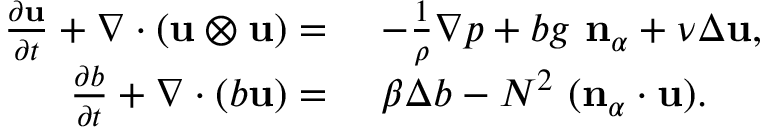
\begin{array} { r l } { \frac { \partial \mathbf { u } } { \partial t } + \nabla \cdot ( \mathbf { u } \otimes \mathbf { u } ) = } & { ~ - \frac { 1 } { \rho } \nabla p + b g \ \mathbf { n } _ { \alpha } + \nu \Delta \mathbf { u } , } \\ { \frac { \partial b } { \partial t } + \nabla \cdot ( b \mathbf { u } ) = } & { ~ \beta \Delta b - N ^ { 2 } \ ( \mathbf { n } _ { \alpha } \cdot \mathbf { u } ) . } \end{array}